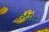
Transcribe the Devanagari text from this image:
२३८५८